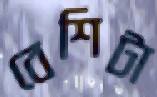
বেশিটা